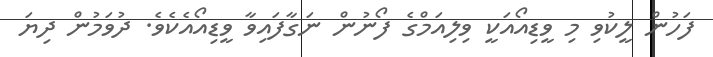
ފަހުން ލީކުވި މި ވީޑިއޯއަކީ ވިލިއަމްގެ ފޯނުން ނަގާފައިވާ ވީޑިއޯއެކެވެ. ދުވަމުން ދިޔަ